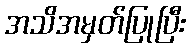
အသိအမှတ်ပြုပြီး